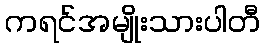
ကရင်အမျိုးသားပါတီ